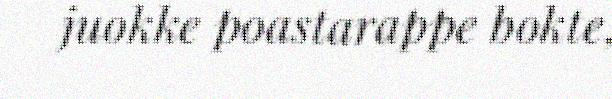
juokke poastarappe bokte,